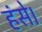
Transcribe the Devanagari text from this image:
हंसे।